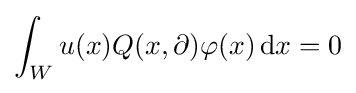
\int _{W}u(x)Q(x,\partial )\varphi (x)\,\mathrm {d} x=0